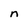
Character: n